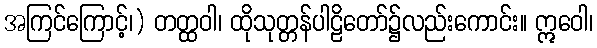
အကြင်ကြောင့်၊) တတ္ထဝါ၊ ထိုသုတ္တန်ပါဠိတော်၌လည်းကောင်း။ ဣဝေါ၊